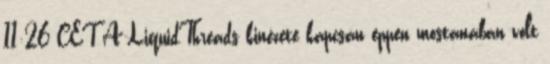
11:26 CET A LiquidThreads kinézete kapcsán éppen mostanában volt